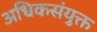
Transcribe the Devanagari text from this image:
अधिकसंयुक्त